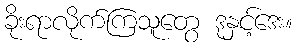
ခိုးရာလိုက်ကြသူတွေ ဒုနှင့်ဒေး။